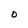
Character: D